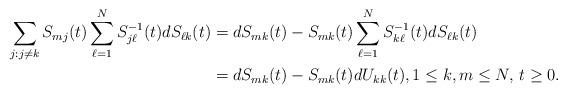
LaTeX: \begin{align*}\sum_{j: j \neq k} S_{m j}(t) \sum_{\ell=1}^N S^{-1}_{j \ell}(t) dS_{\ell k}(t) &=dS_{m k}(t) - S_{m k}(t) \sum_{\ell=1}^N S^{-1}_{k \ell}(t) dS_{\ell k}(t) \\&= dS_{m k}(t) - S_{m k}(t) dU_{kk}(t),1 \leq k, m \leq N, \, t \geq 0.\end{align*}